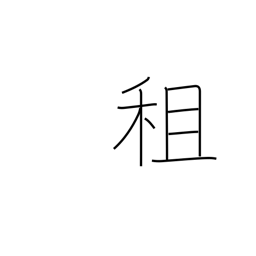
Meaning: borrowing